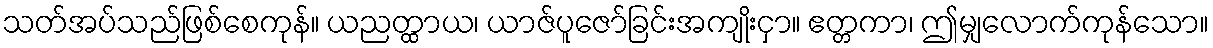
သတ်အပ်သည်ဖြစ်စေကုန်။ ယညတ္ထာယ၊ ယာဇ်ပူဇော်ခြင်းအကျိုးငှာ။ ဧတ္တကာ၊ ဤမျှလောက်ကုန်သော။